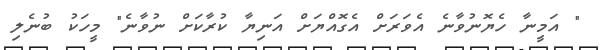
" އަމީނާ ހެޔޮނުވާނެ އެވަރަށް އެގޮއްޔަށް އަނިޔާ ކުރާކަށް ނުވާނެ" މީހަކު ބުނެލި